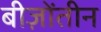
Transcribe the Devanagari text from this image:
बीज़ोंतीन